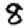
Digit: 8